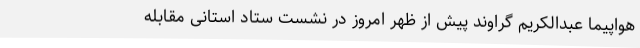
هواپیما عبدالکریم گراوند پیش از ظهر امروز در نشست ستاد استانی مقابله